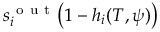
s _ { i } ^ { \mathrm { ~ o ~ u ~ t ~ } } \big ( 1 - h _ { i } ( T , \psi ) \big )